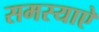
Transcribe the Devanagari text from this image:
समस्याऐ